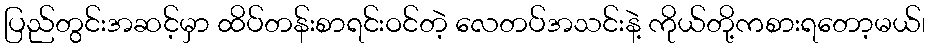
ပြည်တွင်းအဆင့်မှာ ထိပ်တန်းစာရင်းဝင်တဲ့ လေတပ်အသင်းနဲ့ ကိုယ်တို့ကစားရတော့မယ်၊